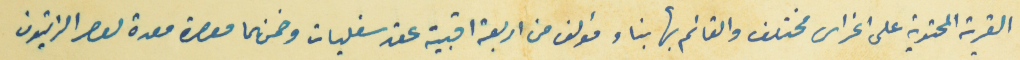
القرية المحتوية على اغراس مختلف والقائم بها بناء ومؤلف من اربعة اقبية عقد سفليات وضمنها معصرة معدة لعصر الزيتون